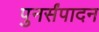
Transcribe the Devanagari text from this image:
पुनर्संपादन